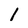
Character: I